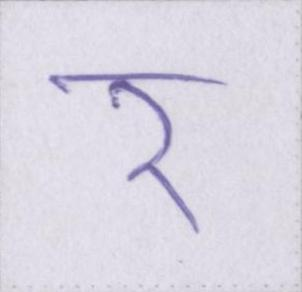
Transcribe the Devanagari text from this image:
र